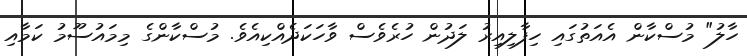
ހާލު" މުސްކާން އެއަތުގައި ހިފާލިއިރު ލަދުން ހުރެވެސް ވާހަކަދެއްކިއެވެ. މުސްކާންގެ މިމައުސޫމު ކަމާއި